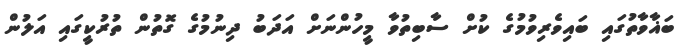
ބަޣާވާތުގައި ބައިވެރިވުމުގެ ކުށް ސާބިތުވާ މީހުންނަށް އަދަބު ދިނުމުގެ ގޮތުން ތުރުކީގައި އަލުން